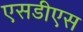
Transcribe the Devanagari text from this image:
एसडीएस